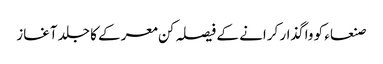
صنعاء کو واگذار کرانے کے فیصلہ کن معرکے کا جلد آغاز